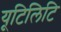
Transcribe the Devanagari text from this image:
यूटिलिटि